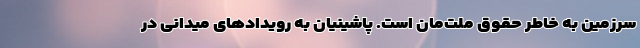
سرزمین به خاطر حقوق ملت‌مان است. پاشینیان به رویدادهای میدانی در